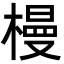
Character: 槾